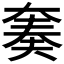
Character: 𫯪